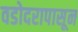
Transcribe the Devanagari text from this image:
वडोदरापासून